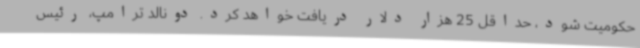
حکومیت شود، حداقل 25 هزار دلار دریافت خواهد کرد. دونالد ترامپ، رئیس